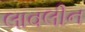
લાવલીન